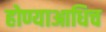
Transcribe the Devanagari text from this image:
होण्याआधिच